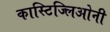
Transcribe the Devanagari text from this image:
कास्टिज्लिओनी